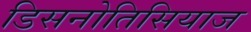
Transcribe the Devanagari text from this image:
डिसनोतिसियाज